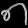
Digit: ၈